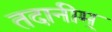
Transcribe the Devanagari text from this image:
तदानीम्